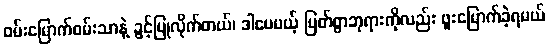
ဝမ်းမြောက်ဝမ်းသာနဲ့ ခွင့်ပြုလိုက်တယ်၊ ဒါပေမယ့် မြတ်စွာဘုရားကိုလည်း ဖူးမြောက်ခဲ့ရမယ်